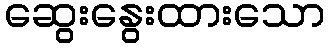
ဆွေးနွေးထားသော